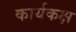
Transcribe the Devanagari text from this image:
कार्यकक्ष